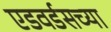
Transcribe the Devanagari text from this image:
एडवर्डसच्या